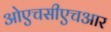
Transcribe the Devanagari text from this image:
ओएचसीएचआर